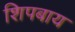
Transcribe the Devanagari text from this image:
शिपबाय